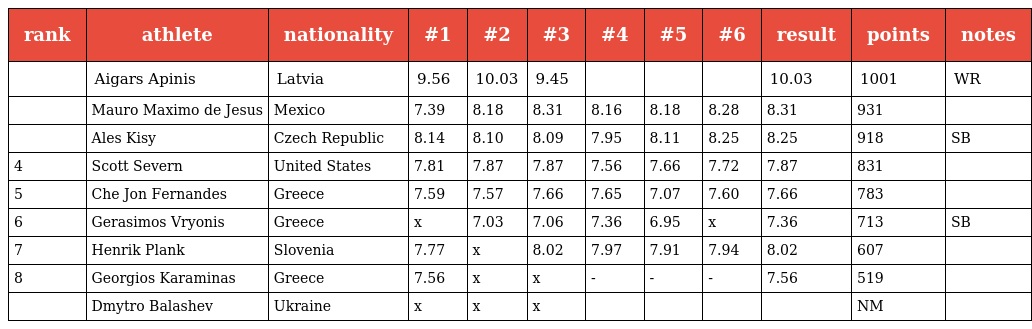
| rank | athlete | nationality | #1 | #2 | #3 | #4 | #5 | #6 | result | points | notes |
 | --- | --- | --- | --- | --- | --- | --- | --- | --- | --- | --- | --- |
 |  | Aigars Apinis | Latvia | 9.56 | 10.03 | 9.45 |  |  |  | 10.03 | 1001 | WR |
 |  | Mauro Maximo de Jesus | Mexico | 7.39 | 8.18 | 8.31 | 8.16 | 8.18 | 8.28 | 8.31 | 931 |  |
 |  | Ales Kisy | Czech Republic | 8.14 | 8.10 | 8.09 | 7.95 | 8.11 | 8.25 | 8.25 | 918 | SB |
 | 4 | Scott Severn | United States | 7.81 | 7.87 | 7.87 | 7.56 | 7.66 | 7.72 | 7.87 | 831 |  |
 | 5 | Che Jon Fernandes | Greece | 7.59 | 7.57 | 7.66 | 7.65 | 7.07 | 7.60 | 7.66 | 783 |  |
 | 6 | Gerasimos Vryonis | Greece | x | 7.03 | 7.06 | 7.36 | 6.95 | x | 7.36 | 713 | SB |
 | 7 | Henrik Plank | Slovenia | 7.77 | x | 8.02 | 7.97 | 7.91 | 7.94 | 8.02 | 607 |  |
 | 8 | Georgios Karaminas | Greece | 7.56 | x | x | - | - | - | 7.56 | 519 |  |
 |  | Dmytro Balashev | Ukraine | x | x | x |  |  |  |  | NM |  |